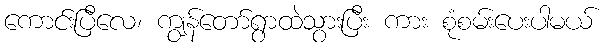
ကောင်းပြီလေ၊ ကျွန်တော်ရွာထဲသွားပြီး ကား စုံစမ်းပေးပါမယ်